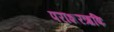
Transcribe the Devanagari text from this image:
पराशरऋषिः